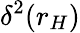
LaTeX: \delta^{2}(r_{H})